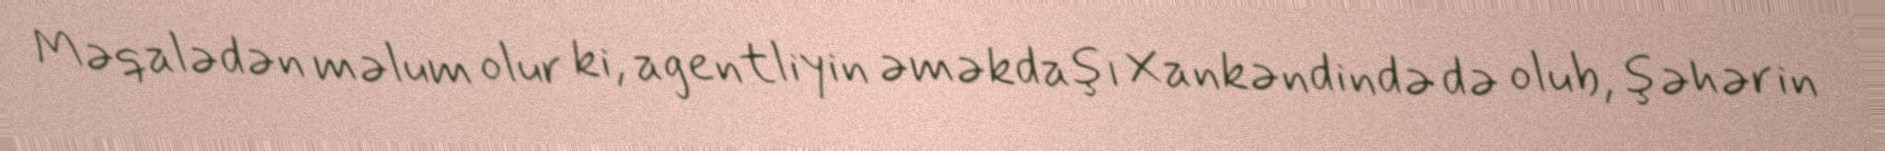
Məqalədən məlum olur ki, agentliyin əməkdaşı Xankəndində də olub, şəhərin